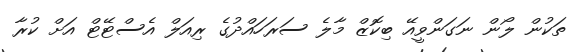
ތަކުން ލޯން ނަގަންވީއޭ ބިކޮޒް މާލެ ސަރަަހައްދުގެ ރިއަލް އެސްޓޭޓް އަށް ކުރާ